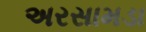
અરસામડા